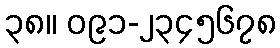
၃၈။ ၀၉၁-၂၃၄၅၆၇၈